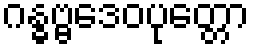
ဂန္ဓဗ္ဗဒေဝပုတ္တော